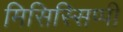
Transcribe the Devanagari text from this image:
मिसिस्सिप्पी